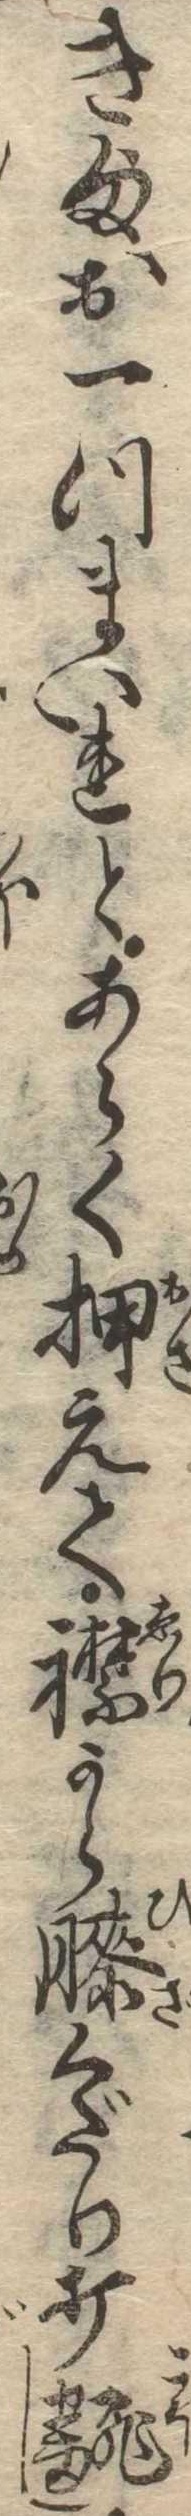
き様お一つまいれとあらく押えて襟から膝くだり打翻し